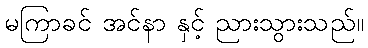
မကြာခင် အင်နာ နှင့် ညားသွားသည်။